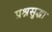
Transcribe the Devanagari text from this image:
प्रश्नसुद्धा